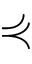
\curlyeqprec